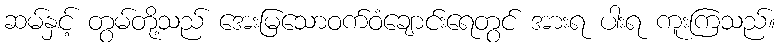
ဆမ်နှင့် တွမ်တို့သည် အေးမြသောဝက်ဝံချောင်းရေတွင် အားရ ပါးရ ကူးကြသည်။